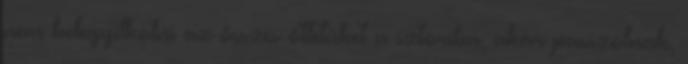
nem belegyilkolni az összes ötletüket a sztoriba, akár passzolnak,